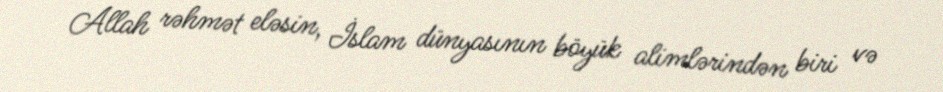
Allah rəhmət eləsin, İslam dünyasının böyük alimlərindən biri və